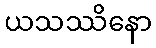
ယသဿိနော